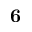
\bf { 6 }